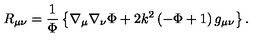
R _ { \mu \nu } = { \frac { 1 } { \Phi } } \left\{ \nabla _ { \mu } \nabla _ { \nu } \Phi + 2 k ^ { 2 } \left( - \Phi + 1 \right) g _ { \mu \nu } \right\} .